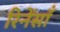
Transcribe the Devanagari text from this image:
रिनेंसाँ